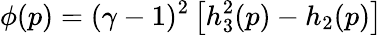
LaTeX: \phi(p)=(\gamma-1)^{2}\left[h_{3}^{2}(p)-h_{2}(p)\right]